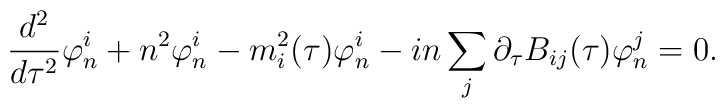
{d^2\over d\tau^2}\varphi^{i}_{n}+n^2\varphi^{i}_{n} -m^{2}_{i}(\tau)\varphi^{i}_{n}-in\sum_{j}\partial_\tau B_{ij}(\tau)\varphi^{j}_{n} =0.